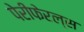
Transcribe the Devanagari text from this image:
पेरीफेरल्स